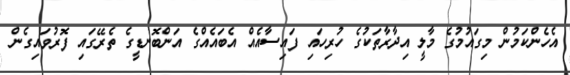
އެހެންކަމުން މިގައުމުގެ މާލީ އިދާރާތަކުގެ ހުރިހައި ފައިސާއެއް އެބައެއްގެ އަންބޮނޑީގެ ތެރޭގައި ފޮރުވައިގެން